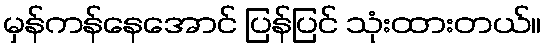
မှန်ကန်နေအောင် ပြန်ပြင် သုံးထားတယ်။